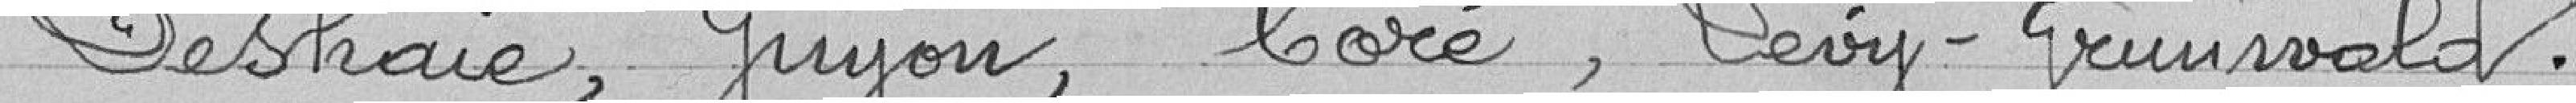
Deshaie, Guyon, Coré, Levy-Grunwald.